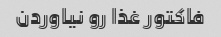
فاکتور غذا رو نیاوردن